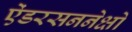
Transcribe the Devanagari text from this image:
ऐंडरसननेक्षो